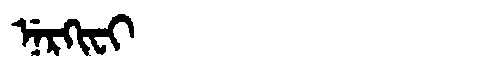
Manchu: ᠨᡝᡵᡴᡳᠸᡳ
Romanization: NERKIFI